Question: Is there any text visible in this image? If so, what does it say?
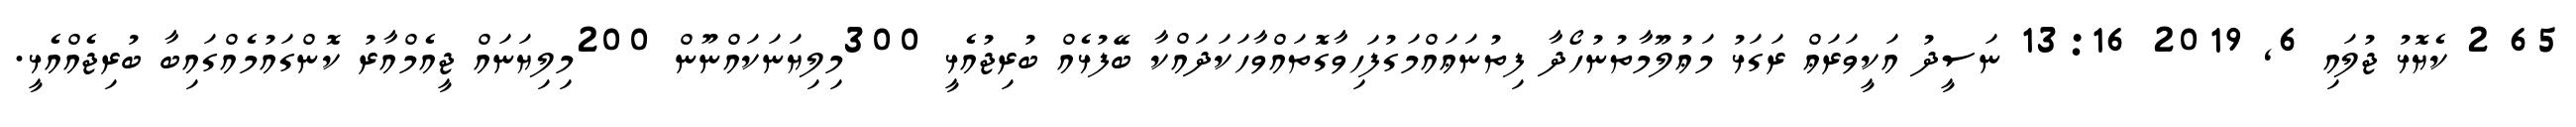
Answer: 65 2 ކެޔޮޅު ޖުލައި 6, 2019 13:16 ނަސީދު އަކީވަރަޢް ރަގަޅު މަޢުލޫމާތުނުހޯދާ ފިތުނަޢައްމަގުފަހިވާގޮތައްވާހަކަދައްކާ ބޭފުޅެއް ބުރިޖުއެޅީ 300މިލިޔަނަކައްނޫން 200މިލިޔަނައް ޖީއެމްއާރު ކޮންގައުމެއްގައިބާ ބުރިޖެއްއެޅީ.